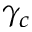
\gamma _ { c }